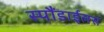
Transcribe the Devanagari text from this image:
स्पौंडाईलस